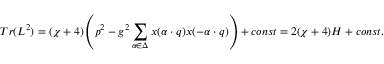
T r ( L ^ { 2 } ) = ( \chi + 4 ) \left( p ^ { 2 } - g ^ { 2 } \sum _ { \alpha \in \Delta } x ( \alpha \cdot q ) x ( - \alpha \cdot q ) \right) + c o n s t = 2 ( \chi + 4 ) { \cal H } + c o n s t .